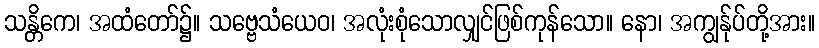
သန္တိကေ၊ အထံတော်၌။ သဗ္ဗေသံယေဝ၊ အလုံးစုံသောလျှင်ဖြစ်ကုန်သော။ နော၊ အကျွန်ုပ်တို့အား။